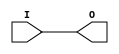
/***************************************************************************
 *                                                                         *
 *   IBUF.v - An output buffer of a Xilinx FPGA.                           *
 *                                                                         *
 *   Copyright (C) 2007 by Patrick Suggate                                 *
 *   patrick@physics.otago.ac.nz                                           *
 *                                                                         *
 *   This program is free software; you can redistribute it and/or modify  *
 *   it under the terms of the GNU General Public License as published by  *
 *   the Free Software Foundation; either version 2 of the License, or     *
 *   (at your option) any later version.                                   *
 *                                                                         *
 *   This program is distributed in the hope that it will be useful,       *
 *   but WITHOUT ANY WARRANTY; without even the implied warranty of        *
 *   MERCHANTABILITY or FITNESS FOR A PARTICULAR PURPOSE.  See the         *
 *   GNU General Public License for more details.                          *
 *                                                                         *
 *   You should have received a copy of the GNU General Public License     *
 *   along with this program; if not, write to the                         *
 *   Free Software Foundation, Inc.,                                       *
 *   59 Temple Place - Suite 330, Boston, MA  02111-1307, USA.             *
 ***************************************************************************/

`timescale 1ns/100ps
module IBUF (I, O);
	input	I;
	output	O;
	
	parameter	IDELAY	= 2.6;	// SSTL2_II output delay is about 0.8 ns?
	
	reg	O;
	always @(I)
		O	<= #IDELAY I;
	
endmodule	// IBUF